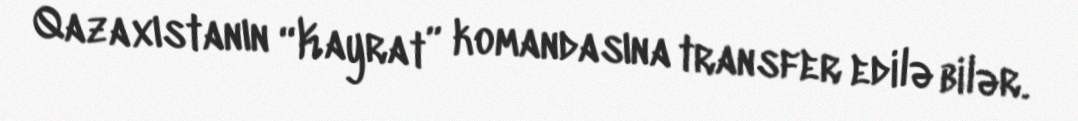
Qazaxıstanın “Kayrat” komandasına transfer edilə bilər.